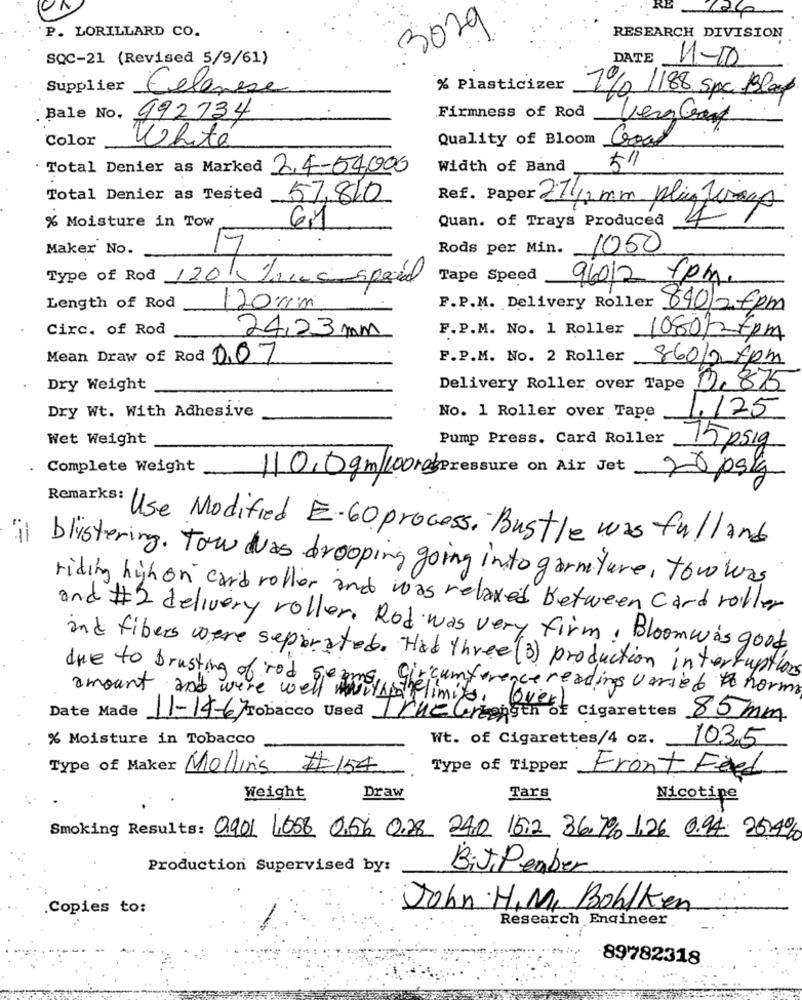
3029
P. LORILLARD CO.
RESEARCH DIVISION
SQC-21 (Revised 5/9/61)
DATE
1-10
Supplier
Celanese
% Plasticizer
1/2 /188 spc Block
Firmness of Rod
. Bale No.
992734
VergGrau
Color
White
Quality of Bloom Good
Total Denier as Marked 2,4-54,000
Width of Band
511
Total Denier as Tested 57,810
Ref. Paper 27/2 mm play Merago
% Moisture in Tow
Quan. of Trays Produced
61
Maker No.
Rods per Min. 1050
7
Tape Speed
96012 fpm.
Type of Rod 120 Timesin special
Length of Rod
120 cm
F.P.M. Delivery Roller 640/26pm
Circ. of Rod
24,23 mm
F.P.M. No. 1 Roller 1080/2 7pm
Mean Draw of Rod 007
F.P.M. No. 2 Roller
860/2 Hpm
Dry Weight
Delivery Roller over Tape
0.875
Dry Wt. With Adhesive
No. 1 Roller over Tape
1.125
Wet Weight
Pump Press. Card Roller
75 psig
Complete Weight
110.0 gm/100ros pressure on Air Jet
20 psk
Remarks:
Use Modified E-60 process. Bustle was fulland
blistering. Tow was drooping going into garniture, tow was
riding high on card roller and was relaxed between card roller
and # 2 delivery roller. Rod was very firm, Bloomwas good
and fibers were separated. Had three (3) production interruption
due to brusting of rod get
circumference readings varied to norms
amount and were well ilpanelimito . Covert
Date Made 11-14-667 Tobacco Used rue Gerzangen of Cigarettes 85mm
% Moisture in Tobacco
Wt. of Cigarettes/4 oz. 103.5
Type of Maker Mollins #154
Type of Tipper
Front Feed
Weight
Draw
Tars
Nicotine
Smoking Results: 0901 1,658 0.5% 0.28 24.0 15.2 36,7% 1.26 0.94. 25.4%
Production Supervised by:
BiJ, Pember
Copies to:
John H.M. Bohlken
Research Engineer
89782318